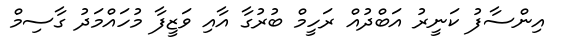
އިންސާފު ކަނީރު އަބްދުއް ރަހީމް ބުރުގާ އާއި ވަޒީފާ މުހައްމަދު ގާސިމް